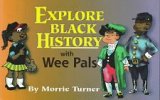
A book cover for Explore Black History With Wee Pals; Morrie Turner; Children's Books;